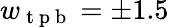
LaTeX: w_{\mathrm{~t~p~b~}}=\pm 1.5